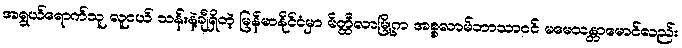
အရွယ်ရောက်သူ လူငယ် သန်းနဲ့ချီရှိတဲ့ မြန်မာနိုင်ငံမှာ မိတ္ထီလာမြို့က အစ္စလာမ်ဘာသာဝင် မမေသန္တာမောင်လည်း